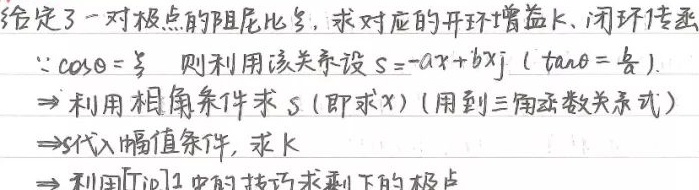
给定了一对极点的阻尼比\(\zeta\)，求对应的开环增益\(k\)、闭环传函。
\(\because \cos\theta=\frac{\zeta}{1}\)，则利用该关系设\(s = -ax + bxj\)（\(\tan\theta=\frac{b}{a}\)）。
\(\Rightarrow\) 利用相角条件求\(s\)（即求\(x\)）(用到三角函数关系式）
\(\Rightarrow\) 将\(s\)代入幅值条件，求\(k\)
\(\Rightarrow\) 利用 [Tip] 中的技巧求剩下的极点